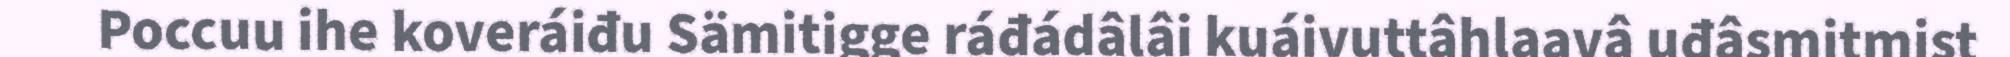
Poccuu ihe koveráiđu Sämitigge ráđádâlâi kuáivuttâhlaavâ uđâsmitmist